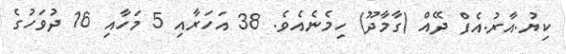
ކިޔު.އާރު.އެފް ދޭއް (ގާމާދޫ) ހިމެނެއެވެ. 38 އަހަރާއި 5 މަހާއި 16 ދުވަހުގެ